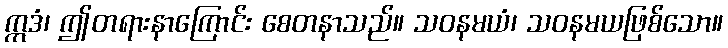
ဣဒံ၊ ဤတရားနာကြောင်း စေတနာသည်။ သဝနမယံ၊ သဝနမယဖြစ်သော။